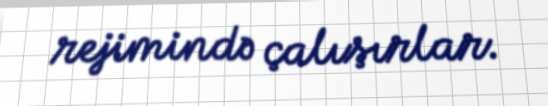
rejimində çalışırlar.